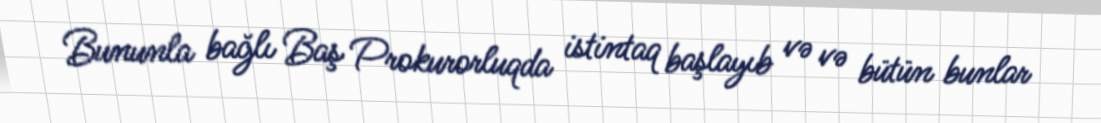
Bununla bağlı Baş Prokurorluqda istintaq başlayıb və və bütün bunlar